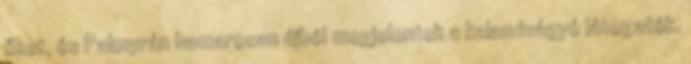
őket, és Palmyrán hamarosan újból megjelentek a kalandvágyó látogatók.